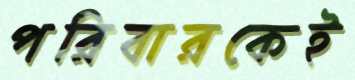
পরিবারকেই